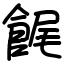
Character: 䬿